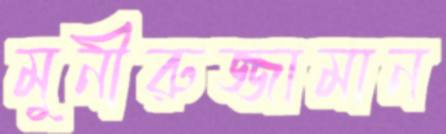
মুনীরুজ্জামান